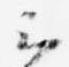
云